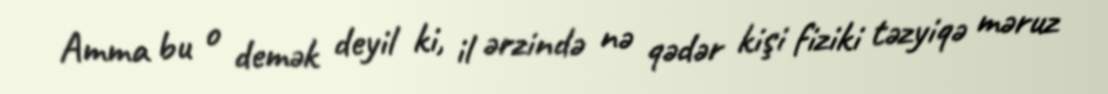
Amma bu o demək deyil ki, il ərzində nə qədər kişi fiziki təzyiqə məruz